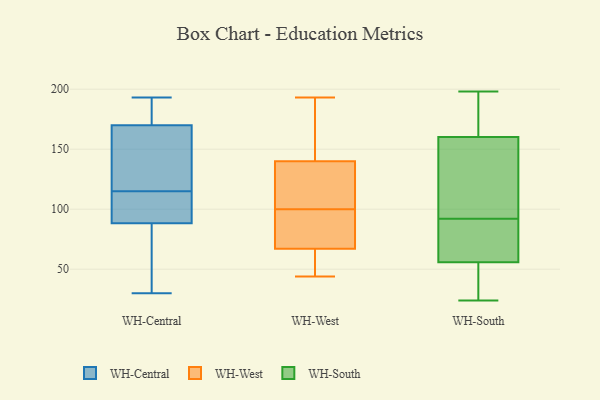
{"axis": {"x": "Market Share (%)", "y": "Value"}, "legend": ["WH-Central", "WH-South", "WH-West"], "data": [{"x": "", "y": 31, "type": "WH-Central"}, {"x": "", "y": 107, "type": "WH-Central"}, {"x": "", "y": 115, "type": "WH-Central"}, {"x": "", "y": 152, "type": "WH-Central"}, {"x": "", "y": 82, "type": "WH-Central"}, {"x": "", "y": 176, "type": "WH-Central"}, {"x": "", "y": 30, "type": "WH-Central"}, {"x": "", "y": 192, "type": "WH-Central"}, {"x": "", "y": 121, "type": "WH-Central"}, {"x": "", "y": 107, "type": "WH-Central"}, {"x": "", "y": 193, "type": "WH-Central"}, {"x": "", "y": 44, "type": "WH-West"}, {"x": "", "y": 94, "type": "WH-West"}, {"x": "", "y": 106, "type": "WH-West"}, {"x": "", "y": 67, "type": "WH-West"}, {"x": "", "y": 86, "type": "WH-West"}, {"x": "", "y": 55, "type": "WH-West"}, {"x": "", "y": 107, "type": "WH-West"}, {"x": "", "y": 142, "type": "WH-West"}, {"x": "", "y": 152, "type": "WH-West"}, {"x": "", "y": 94, "type": "WH-West"}, {"x": "", "y": 62, "type": "WH-West"}, {"x": "", "y": 134, "type": "WH-West"}, {"x": "", "y": 138, "type": "WH-West"}, {"x": "", "y": 193, "type": "WH-West"}, {"x": "", "y": 67, "type": "WH-West"}, {"x": "", "y": 149, "type": "WH-West"}, {"x": "", "y": 24, "type": "WH-South"}, {"x": "", "y": 198, "type": "WH-South"}, {"x": "", "y": 89, "type": "WH-South"}, {"x": "", "y": 132, "type": "WH-South"}, {"x": "", "y": 155, "type": "WH-South"}, {"x": "", "y": 50, "type": "WH-South"}, {"x": "", "y": 162, "type": "WH-South"}, {"x": "", "y": 197, "type": "WH-South"}, {"x": "", "y": 92, "type": "WH-South"}, {"x": "", "y": 32, "type": "WH-South"}, {"x": "", "y": 73, "type": "WH-South"}]}